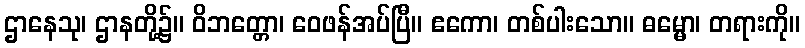
ဌာနေသု၊ ဌာနတို့၌။ ဝိဘတ္တော၊ ဝေဖန်အပ်ပြီ။ ဧကော၊ တစ်ပါးသော။ ဓမ္မော၊ တရားကို။